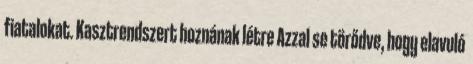
fiatalokat. Kasztrendszert hoznának létre Azzal se törődve, hogy elavuló